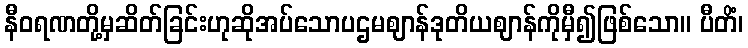
နီဝရဏတို့မှဆိတ်ခြင်းဟုဆိုအပ်သောပဌမဈာန်ဒုတိယဈာန်ကိုမှီ၍ဖြစ်သော။ ပီတိံ၊